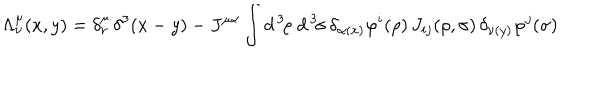
\Lambda _ { \nu } ^ { \mu } ( x , y ) = \delta _ { \nu } ^ { \mu } \, \delta ^ { 3 } ( x - y ) - J ^ { \mu \alpha } \int d ^ { \, 3 } \! \rho \; d ^ { \, 3 } \! \sigma \, \delta _ { \alpha ( x ) } \varphi ^ { i } ( \rho ) \, J _ { i j } ( \rho , \sigma ) \, \delta _ { \nu ( y ) } \varphi ^ { j } ( \sigma )